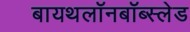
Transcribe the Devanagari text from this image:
बायथलॉनबॉब्स्लेड